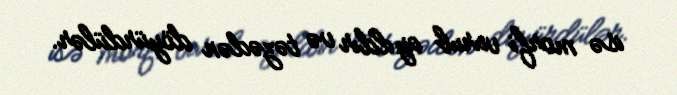
isə morfi vurub ayıldır və təzədən döyürdülər.